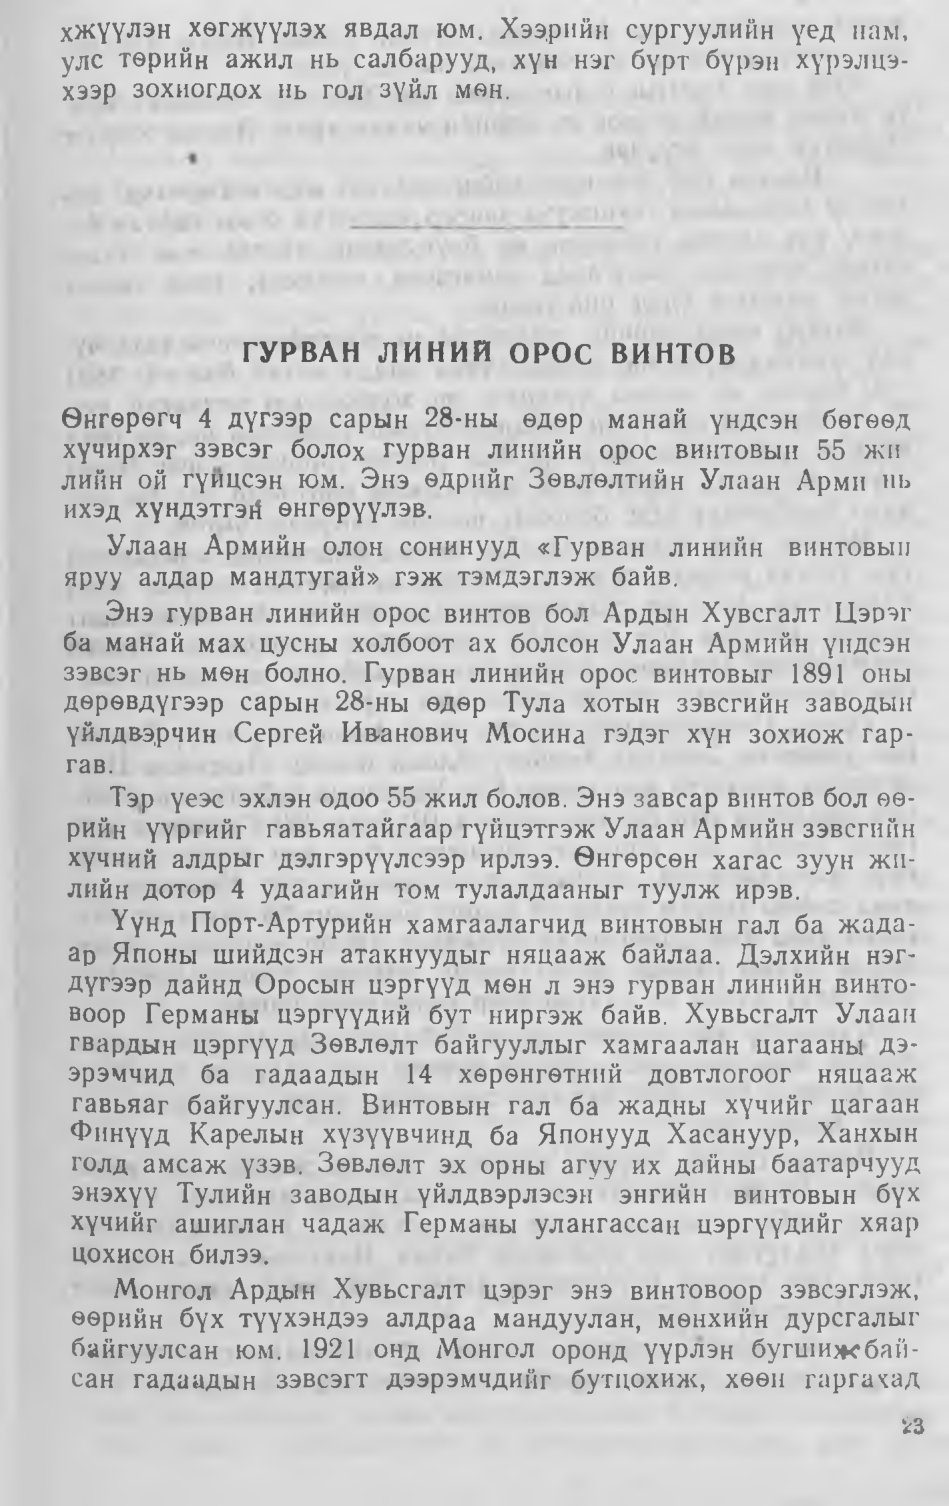
Language: mn